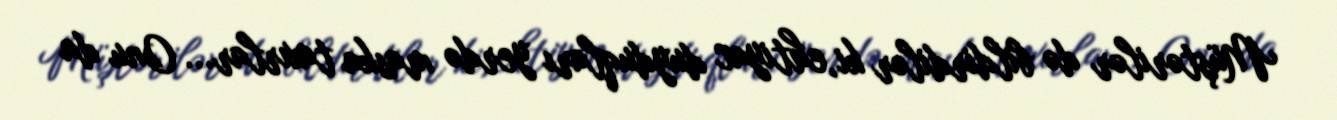
Müştərilər də bildirdilər ki, ehtiyac duyduqları yerdə maska taxırlar... Onu da